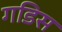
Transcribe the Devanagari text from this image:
गडिस